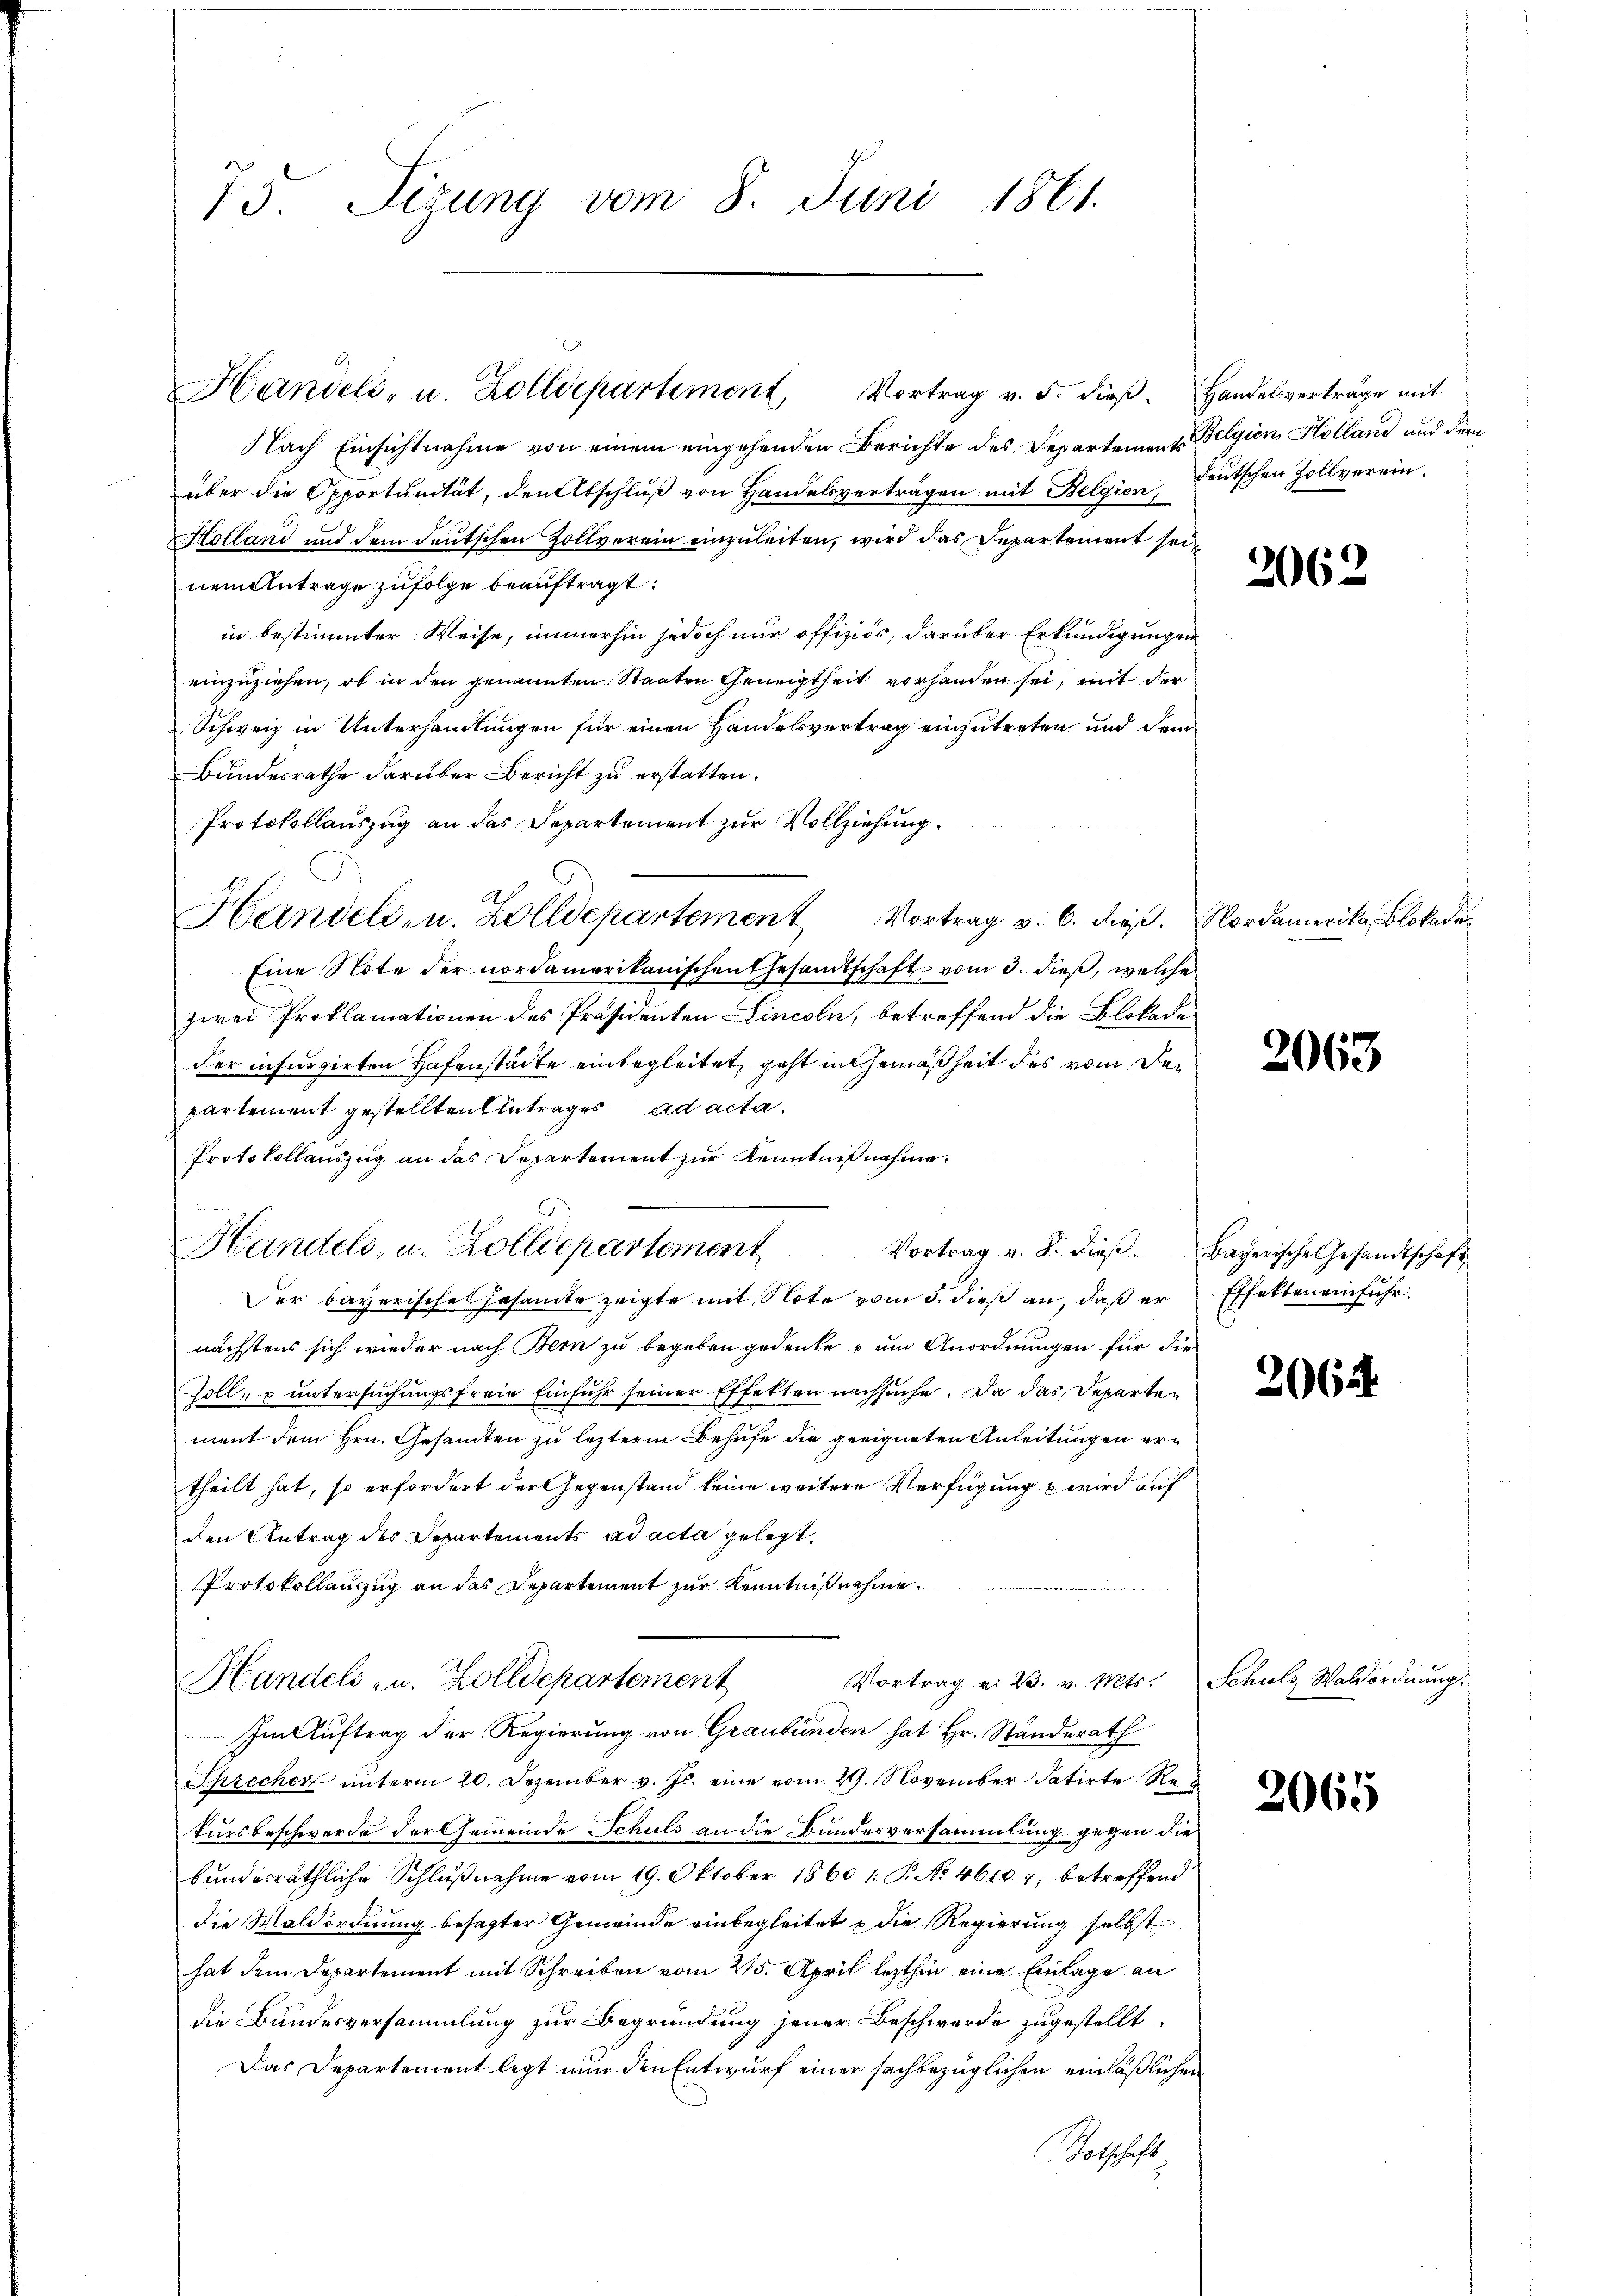
75. Sizung vom 8. Juni 1861.

Nach Einsichtnahme von einem eingehenden Berichte des Departement Belgien, Holland und dem
über die Opportŭnität, den Abschlŭβ von Handelsverträgen mit Belgien deutschen Zollverein¬
Holland und dem deutschen Zollverein einzuleiten, wird das Departement seinem Antrage zufolge beauftragt:
in bestimmter Weise, immerhin jedoch nur offiziös, darüber Erkundigungen
einzuziehen, ob in den genannten Staaten Geneigtheit vorhanden sei, mit der
Schweiz in Unterhandlungen für einen Handelsvertrag einzutreten und dem
Bundesrathe darüber Bericht zu erstatten.
Protokollauszug an das Departement zur Vollziehung
Handels- u. Zolldepartement Vortrag v. 6. dieß. Nordamerika, Blokade
Eine Note der nordamerikanischen Gesandtschaft vom 3. dieß, welche
zwei Proklamationen des Präsidenten Lincoln, betreffend die Blokade-
der insurgirten Hafenstädte einbegleitet, geht in Gemäßheit des vom Departement gestellten Eintrages ad acta¬
Protokollauszug an das Departement zur Kenntnißnahme.
Der bayerisches Gesamte zeigte mit Note vom 5. dieß an, daß er Effekten einfuhr.
nächstens sich wieder nach Bern zu begeben gedenke um Anordnungen für die
Zoll- u untersuchungsfreie Einfuhr seiner Effekten nachsuche. Da das Departement dem Hrn. Gesamten zu letzterm Behufe die geeigneten Anleitungen ertheilt hat, so erfordert der Gegenstand keine weitere Verfügung u wird auf
den Antrag des Departements ad acta gelegt,
Protokollauszug an das Departement zur Kenntnißnahme.
Vortrag v. 23. v. Mts. Schuls Waldordnŭng.
Handels- u. Zolldepartement
Im Auftrag der Regierung von Graubünden hat Hr. Standerath
Sprecher unterm 20. Dezember v. Js. eine vom 29. November datirte Re
kursbeschwerde der Gemeinde Schuls an die Bundesversammlung gegen die
bundesräthliche Schlußnahme vom 19. Oktober 1860 1. P. No 46101, betreffend
die Waldordnung besagter Gemeinde einbegleitet u die Regierung selbst
hat dem Departement mit Schreiben vom 25. April lezthin eine Einlage an
die Bundesversammlung zur Begründung jener Beschwerde zugestellt.
Das Departement legt nun den Entwurf einer sachbezüglichen einläßlichen
otschaft

Handels- u. Zolldepartement, Vortrag v. 5. dieβ. Handelsvertrage mit

Handels, u. Zolldepartement Vortrag v. 8. dieβ. Bayerische Gesandtschaft

2062

2063

2064

2065